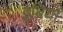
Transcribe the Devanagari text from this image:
इब्रियों